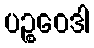
ပဉ္စဝေဒါ